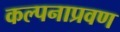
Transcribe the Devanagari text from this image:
कल्पनाप्रवण